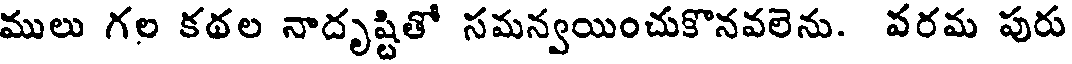
ములు గల కథల నాదృష్టితో సమన్వయించుకొనవలెను. వరమ పురు